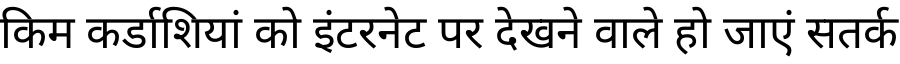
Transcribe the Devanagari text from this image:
किम कर्डाशियां को इंटरनेट पर देखने वाले हो जाएं सतर्क